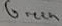
Text: Green